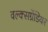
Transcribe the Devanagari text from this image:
वल्क्सग्रेंडियर